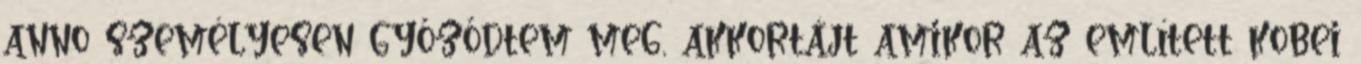
anno személyesen győződtem meg, akkortájt amikor az említett kobei